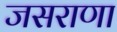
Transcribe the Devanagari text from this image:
जसराणा